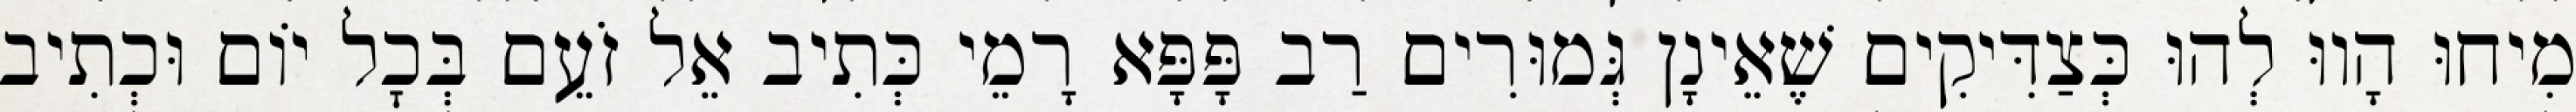
מִיחוּ הָווּ לְהוּ כְּצַדִּיקִים שֶׁאֵינָן גְּמוּרִים רַב פָּפָּא רָמֵי כְּתִיב אֵל זֹעֵם בְּכׇל יוֹם וּכְתִיב